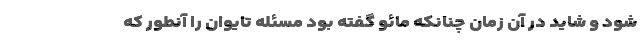
شود و شاید در آن زمان چنانکه مائو گفته بود مسئله تایوان را آنطور که